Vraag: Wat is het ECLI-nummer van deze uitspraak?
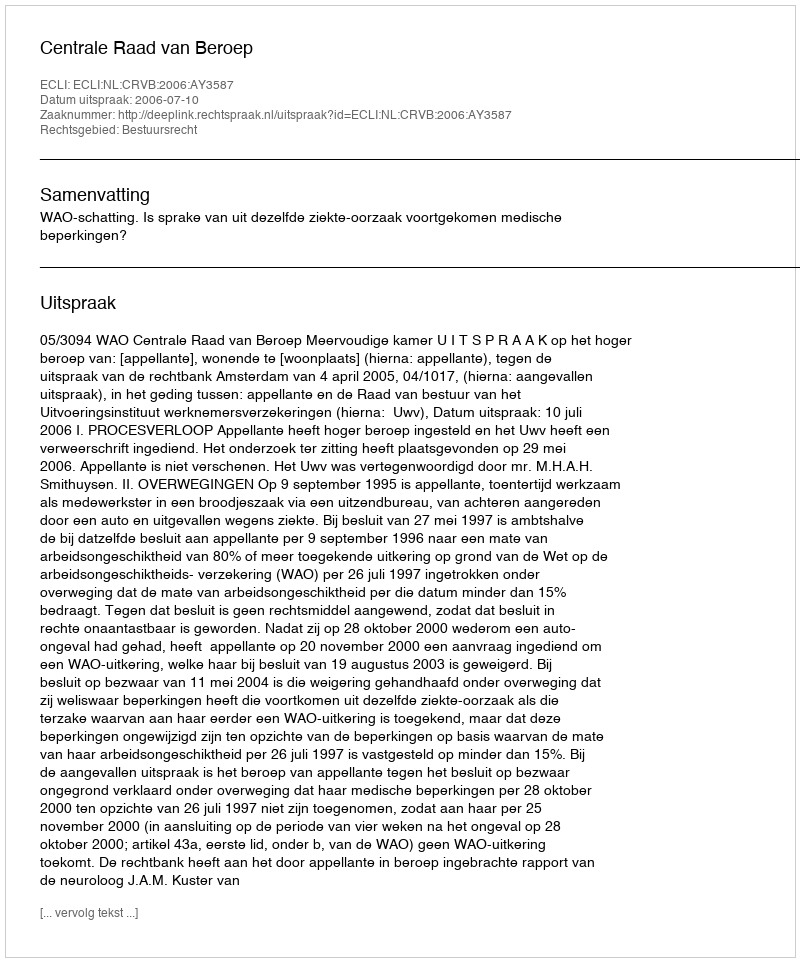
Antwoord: ECLI:NL:CRVB:2006:AY3587